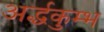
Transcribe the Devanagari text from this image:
अर्द्धकुम्भ